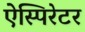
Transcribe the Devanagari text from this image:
ऐस्पिरेटर